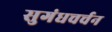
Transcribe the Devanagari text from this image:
सुगंधचर्चन